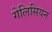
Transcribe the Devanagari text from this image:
गेलिसियन